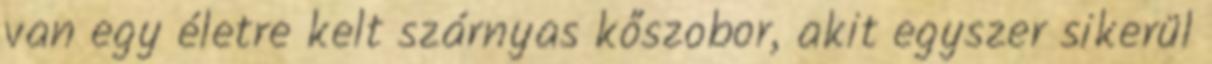
van egy életre kelt szárnyas kőszobor, akit egyszer sikerül